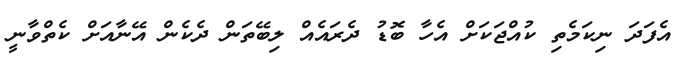
އެފަދަ ނިކަމެތި ކުއްޖަކަށް އެހާ ބޮޑު ދެރައެއް ލިބޭތަން ދެކެން އޭނާއަށް ކެތްވާނީ